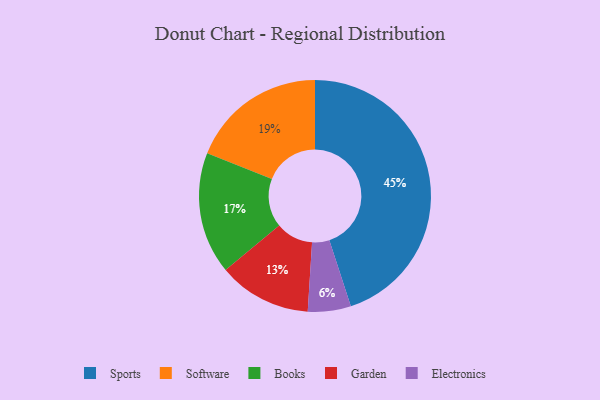
{"axis": {"x": "Category", "y": "Percentage"}, "legend": ["Books", "Electronics", "Garden", "Software", "Sports"], "data": [{"x": "Sports", "y": 45, "type": "Sports"}, {"x": "Books", "y": 17, "type": "Books"}, {"x": "Software", "y": 19, "type": "Software"}, {"x": "Garden", "y": 13, "type": "Garden"}, {"x": "Electronics", "y": 6, "type": "Electronics"}]}